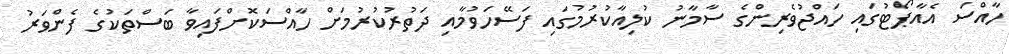
ހާއްސަ އެއާޕޯޓުގައި ހައްޖުވެރިންގެ ސާމާނު ކުލިއާކުރުމުގައި ފަސޭހަވުމާއި ދަތުރުކުރުމަށް ހާއްސަކޮށްފައިވާ ބަސްތަކުގެ ފެންވަރު